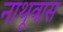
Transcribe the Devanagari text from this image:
नाथूवास